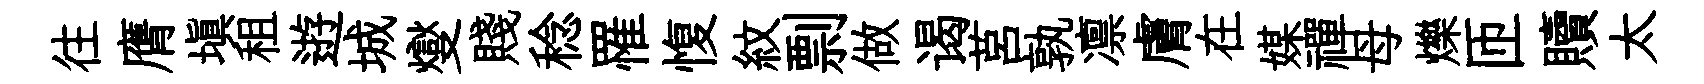
往膺填租逰城燮賤稔罹愎紋剽做谒莒孰凛膚在媒禪母爍匝贖太